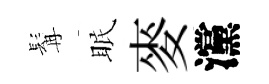
髯眠麥灙